Scottish Certificate of Education, 1963
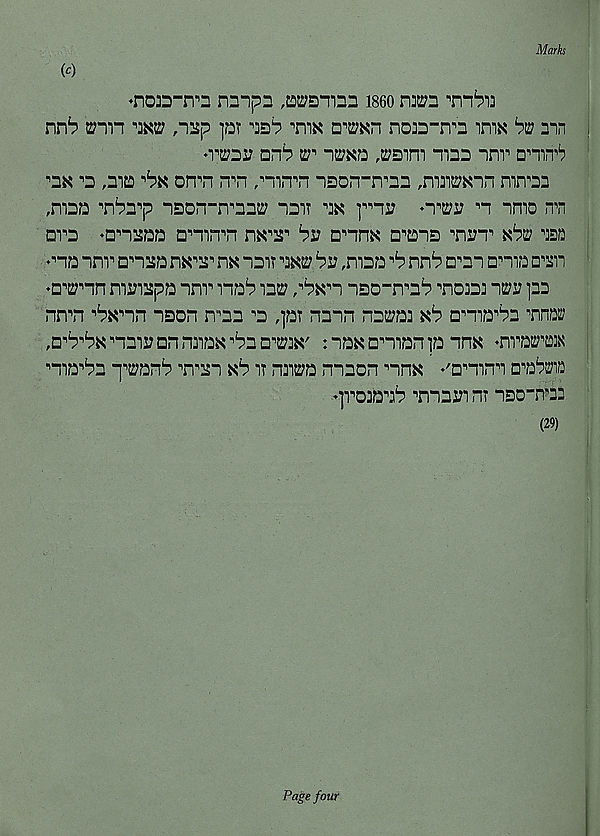
Mark
(c)
♦no^-rvn nnipn ,£D2;sninn i860
'nib^
nn^ ©“in ^ ,nup ]qt
n^mn noia-n^ mix
3in
♦VEDir nn^
,2;sim tq:j inr nmn^
■’dk ^ ,ma
on^n n^n ,mn^n isorrirm ,ni3i2?Nin rnn-'sa
,maD ^n^n^p nsomvmp hdit
n imo n’n
DV2 ♦onsaa cmrrn
by n'im □■'tsis ^nyT xbw ^sn
^“ia mr □■nsa
nx nait
by ,maa ^ nn^ □ , m ama n^n
♦o^nn myiapa mr nab
,'bw~i iso-n^a^ ^noa] ivy ]23
nn^n
"ison ir:n n a ,)ai nain na^a^ xb a^ia^a ’nna^
,a■’^^1^al!:a^^3^aK^aa^]K , naxamanpnnx -nratm
ma^a p^an^ ^n'an
it n^a maon nnx ♦'amn'i a'abEfia
’]T03aab "man nr -iDD“n ? 33
(29)
Page four